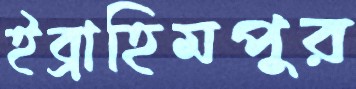
ইব্রাহিমপুর